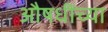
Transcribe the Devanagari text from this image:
औषधींच्या